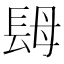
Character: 𨱱